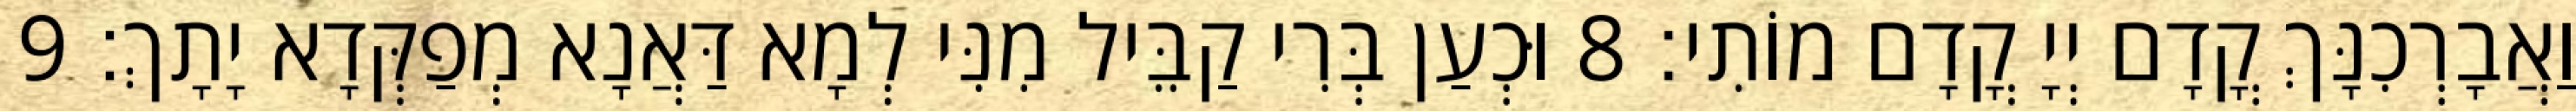
וַאֲבָרְכִנָּךְ קֳדָם יְיָ קֳדָם מוֹתִי׃ 8 וּכְעַן בְּרִי קַבֵּיל מִנִּי לְמָא דַּאֲנָא מְפַקְּדָא יָתָךְ׃ 9